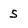
Character: 5